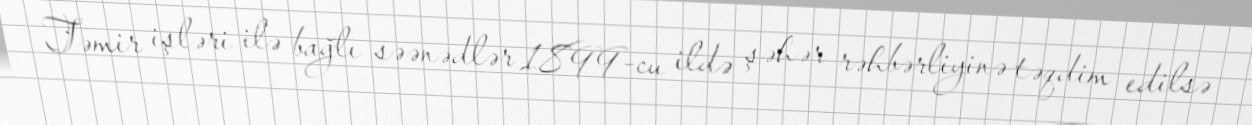
Təmir işləri ilə bağlı səənədlər 1899-cu ildə şəhər rəhbərliyinə təqdim edilsə